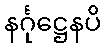
နင်္ဂုဋ္ဌေနပိ